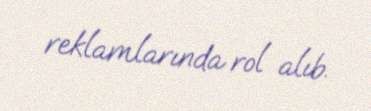
reklamlarında rol alıb.